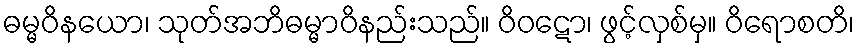
ဓမ္မဝိနယော၊ သုတ်အဘိဓမ္မာဝိနည်းသည်။ ဝိဝဋော၊ ဖွင့်လှစ်မှ။ ဝိရောစတိ၊